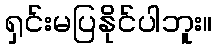
ရှင်းမပြနိုင်ပါဘူး။